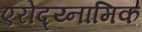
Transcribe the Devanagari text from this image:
एरोद्य्नामिक